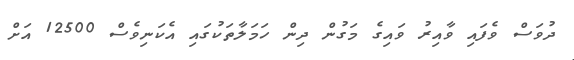
ދުވަސް ވެފައި ވާއިރު ވައިގެ މަގުން ދިން ހަމަލާތަކުގައި އެކަނިވެސް 12500 އަށް